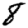
Digit: 8